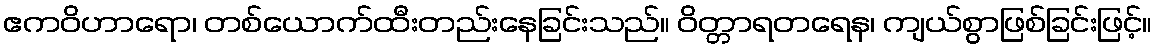
ဧကဝိဟာရော၊ တစ်ယောက်ထီးတည်းနေခြင်းသည်။ ဝိတ္တာရတရေန၊ ကျယ်စွာဖြစ်ခြင်းဖြင့်။